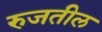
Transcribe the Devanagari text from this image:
रुजतील